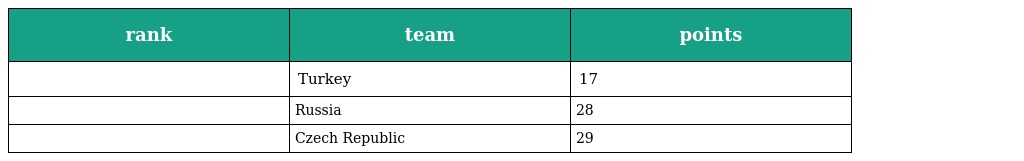
| rank | team | points |
 | --- | --- | --- |
 |  | Turkey | 17 |
 |  | Russia | 28 |
 |  | Czech Republic | 29 |